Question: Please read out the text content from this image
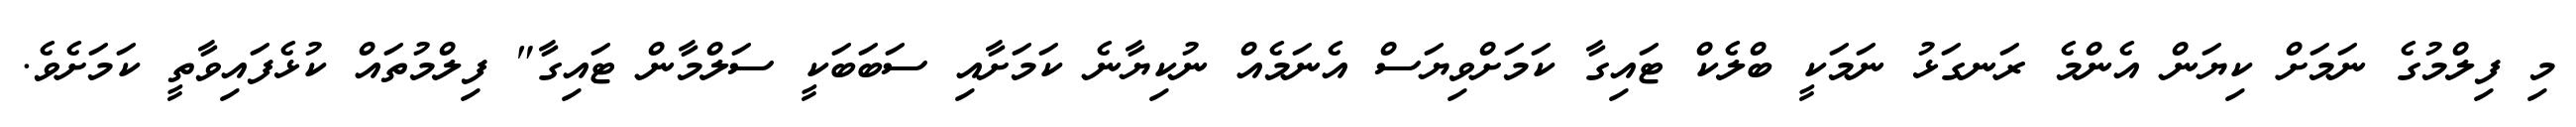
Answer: މި ފިލްމުގެ ނަމަށް ކިޔަން އެންމެ ރަނގަޅު ނަމަކީ ބްލެކް ޓައިގާ ކަމަށްވިޔަސް އެނަމެއް ނުކިޔާނެ ކަމަށާއި ސަބަބަކީ ސަލްމާން ޓައިގާ" ފިލްމުތައް ކުޅެފައިވާތީ ކަމަށެވެ.